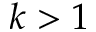
k > 1